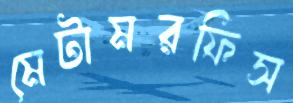
মেটামরফিস